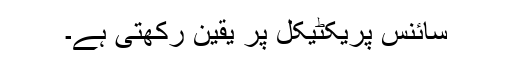
سائنس پریکٹیکل پر یقین رکھتی ہے۔